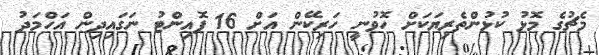
މެޗުގެ މޮޅު ކުޅުންތެރިޔަކަށް ހޮވުނީ ހަރިކޭން އަށް 16 ޕޮއިންޓު ނަގައިދިން އަހްމަދު